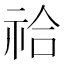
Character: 祫